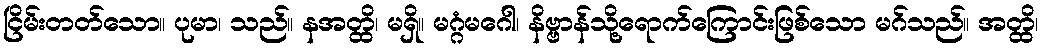
ငြိမ်းတတ်သော။ ပုမာ၊ သည်။ နအတ္ထိ၊ မရှိ။ မဂ္ဂံမဂေါ၊ နိဗ္ဗာန်သို့ရောက်ကြောင်းဖြစ်သော မဂ်သည်။ အတ္ထိ၊